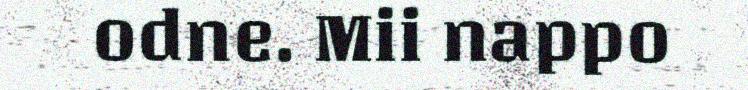
odne. Mii nappo